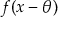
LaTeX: f ( x - \theta )